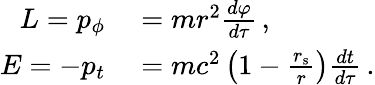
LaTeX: \begin{array}{rl}{L=p_{\phi}}&{{}=mr^{2}{\frac{d\varphi}{d\tau}}\, ,}\\ {E=-p_{t}}&{{}=mc^{2}\left(1-{\frac{r_{\mathrm{{s}}}}{r}}\right){\frac{dt}{d\tau}}\, .}\end{array}